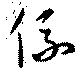
係